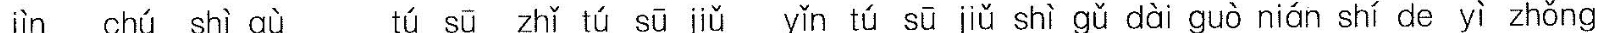
jìn chú shì qù tú sū zhǐ tú sū jiǔ yǐn tú sū jiǔ shì gǔ dài guò nián shí de yí zhǒng